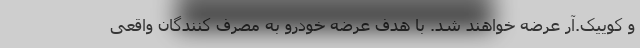
و کوییک.آر عرضه خواهند شد. با هدف عرضه خودرو به مصرف کنندگان واقعی